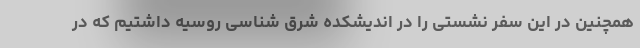
همچنین در این سفر نشستی را در اندیشکده شرق شناسی روسیه داشتیم که در